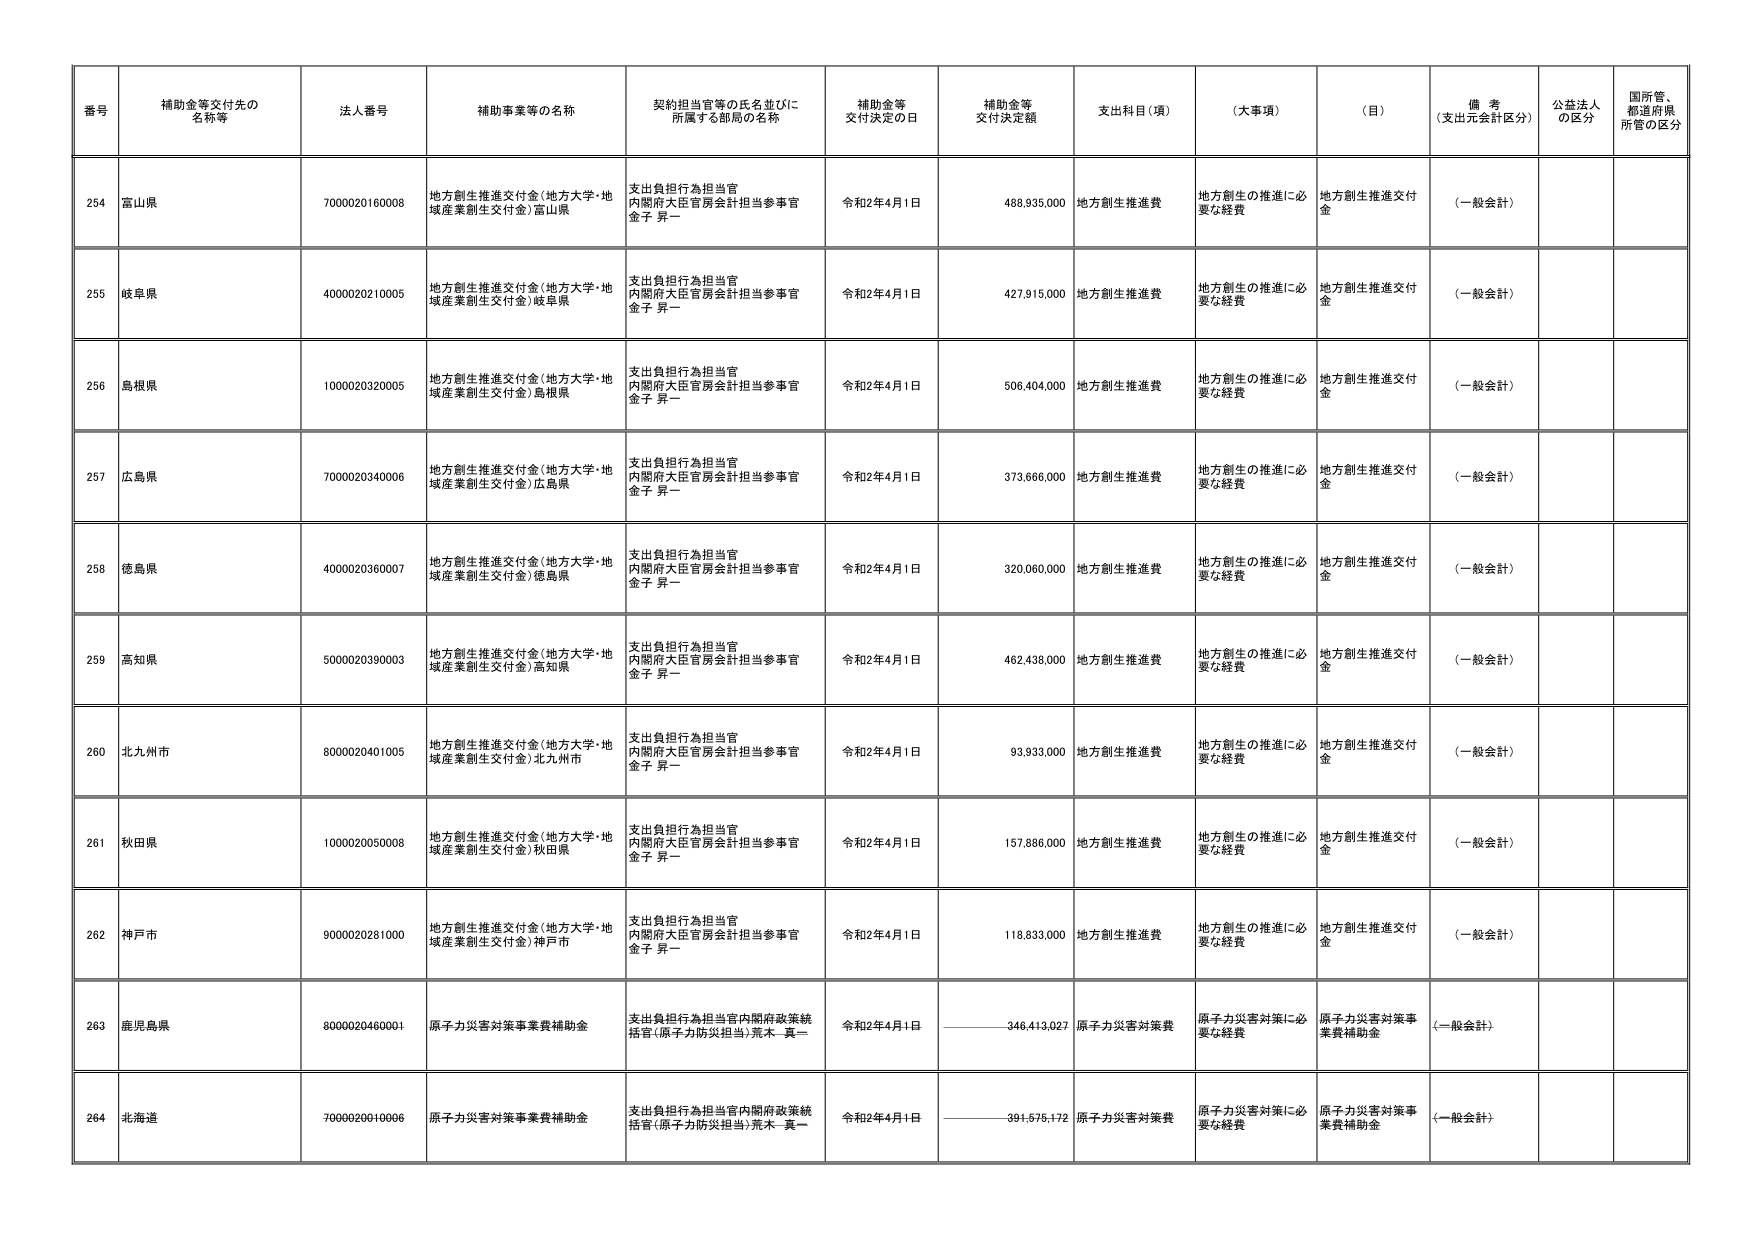
番号 補助金等交付先の名称等 法人番号 補助事業等の名称 契約担当官等の氏名並びに所属する部局の名称 補助金等交付決定の日 補助金等交付決定額 支出科目（項） （大事項） （目） 備考（支出元会計区分） 公益法人の区分 国所管、都道府県所管の区分
254 富山県 7000020160008 地方創生推進交付金（地方大学・地域産業創生交付金）富山県 支出負担行為担当官 内閣府大臣官房会計担当参事官 金子 昇一 令和2年4月1日 488,935,000 地方創生推進費 地方創生の推進に必要な経費 地方創生推進交付金 （一般会計）
255 岐阜県 4000020210005 地方創生推進交付金（地方大学・地域産業創生交付金）岐阜県 支出負担行為担当官 内閣府大臣官房会計担当参事官 金子 昇一 令和2年4月1日 427,915,000 地方創生推進費 地方創生の推進に必要な経費 地方創生推進交付金 （一般会計）
256 島根県 1000020320005 地方創生推進交付金（地方大学・地域産業創生交付金）島根県 支出負担行為担当官 内閣府大臣官房会計担当参事官 金子 昇一 令和2年4月1日 506,404,000 地方創生推進費 地方創生の推進に必要な経費 地方創生推進交付金 （一般会計）
257 広島県 7000020340006 地方創生推進交付金（地方大学・地域産業創生交付金）広島県 支出負担行為担当官 内閣府大臣官房会計担当参事官 金子 昇一 令和2年4月1日 373,666,000 地方創生推進費 地方創生の推進に必要な経費 地方創生推進交付金 （一般会計）
258 徳島県 4000020360007 地方創生推進交付金（地方大学・地域産業創生交付金）徳島県 支出負担行為担当官 内閣府大臣官房会計担当参事官 金子 昇一 令和2年4月1日 320,060,000 地方創生推進費 地方創生の推進に必要な経費 地方創生推進交付金 （一般会計）
259 高知県 5000020390003 地方創生推進交付金（地方大学・地域産業創生交付金）高知県 支出負担行為担当官 内閣府大臣官房会計担当参事官 金子 昇一 令和2年4月1日 462,438,000 地方創生推進費 地方創生の推進に必要な経費 地方創生推進交付金 （一般会計）
260 北九州市 8000020401005 地方創生推進交付金（地方大学・地域産業創生交付金）北九州市 支出負担行為担当官 内閣府大臣官房会計担当参事官 金子 昇一 令和2年4月1日 93,933,000 地方創生推進費 地方創生の推進に必要な経費 地方創生推進交付金 （一般会計）
261 秋田県 1000020050008 地方創生推進交付金（地方大学・地域産業創生交付金）秋田県 支出負担行為担当官 内閣府大臣官房会計担当参事官 金子 昇一 令和2年4月1日 157,886,000 地方創生推進費 地方創生の推進に必要な経費 地方創生推進交付金 （一般会計）
262 神戸市 9000020281000 地方創生推進交付金（地方大学・地域産業創生交付金）神戸市 支出負担行為担当官 内閣府大臣官房会計担当参事官 金子 昇一 令和2年4月1日 118,833,000 地方創生推進費 地方創生の推進に必要な経費 地方創生推進交付金 （一般会計）
263 鹿児島県 8000020460001 原子力災害対策事業費補助金 支出負担行為担当官内閣府政策統括官（原子力防災担当）荒木 真一 令和2年4月1日 346,413,027 原子力災害対策費 原子力災害対策に必要な経費 原子力災害対策事業費補助金 （一般会計）
264 北海道 7000020010006 原子力災害対策事業費補助金 支出負担行為担当官内閣府政策統括官（原子力防災担当）荒木 真一 令和2年4月1日 391,575,172 原子力災害対策費 原子力災害対策に必要な経費 原子力災害対策事業費補助金 （一般会計）